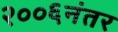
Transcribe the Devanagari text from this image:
२००६नंतर